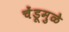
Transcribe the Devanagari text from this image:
चेंडूमुळे